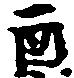
酉